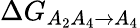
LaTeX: \Delta G_{A_{2}A_{4}\rightarrow A_{4}}